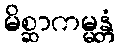
မိစ္ဆာကမ္မန္တံ